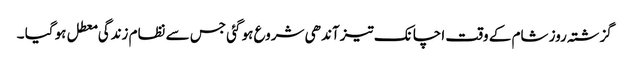
گزشتہ روز شام کے وقت اچانک تیز آندھی شروع ہو گئی جس سے نظام زندگی معطل ہو گیا ۔